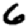
Digit: 6